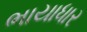
ભાયાધાર